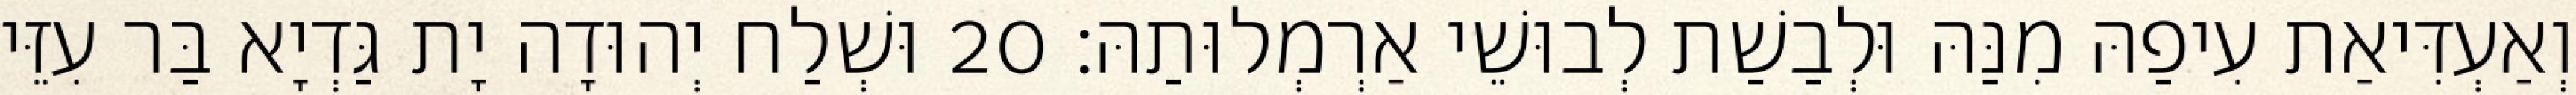
וְאַעְדִּיאַת עִיפַהּ מִנַּהּ וּלְבַשַׁת לְבוּשֵׁי אַרְמְלוּתַהּ׃ 20 וּשְׁלַח יְהוּדָה יָת גַּדְיָא בַּר עִזֵּי